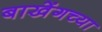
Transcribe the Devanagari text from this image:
बाखेंगच्या